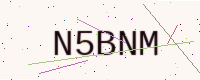
Text: N5BNM